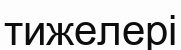
тижелері